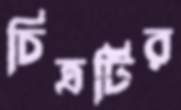
চিত্রটির